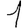
Digit: 1